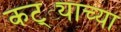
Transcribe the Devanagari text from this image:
कट्ट्याच्या